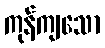
ကုန်ကျသော